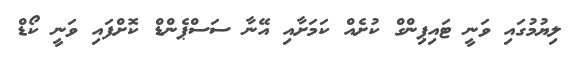
ލިޔުމުގައި ވަނީ ޓައިޕިންގް ކުށެއް ކަމަށާއި އޭނާ ސަސްޕެންޑް ކޮށްފައި ވަނީ ކޯޑް